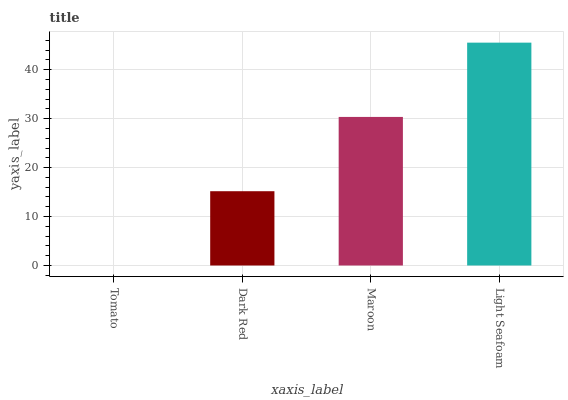
| xaxis_label | bars |
 | --- | --- |
 | Tomato | 0 |
 | Dark Red | 15.2 |
 | Maroon | 30.4 |
 | Light Seafoam | 45.5 |